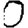
Digit: 0